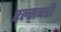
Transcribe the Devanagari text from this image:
एल्सबरी